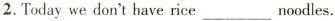
2.Today we don't have rice___noodles.